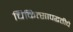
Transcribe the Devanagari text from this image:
चिकित्सापद्धतीचे